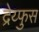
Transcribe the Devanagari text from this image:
द्रेय्फुस